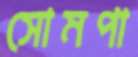
সোমপা